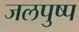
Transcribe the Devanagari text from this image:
जलपुष्प